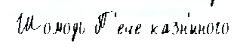
 Шомодь П'ече казн'́нного